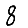
Digit: 8